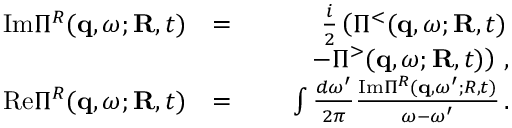
\begin{array} { r l r } { \mathrm { I m } \Pi ^ { R } ( { \bf q } , \omega ; { \bf R } , t ) } & { = } & { \frac { i } { 2 } \left( \Pi ^ { < } ( { \bf q } , \omega ; { \bf R } , t ) \right. } \\ & { } & { \qquad \left. - \Pi ^ { > } ( { \bf q } , \omega ; { \bf R } , t ) \right) \, , } \\ { \mathrm { R e } \Pi ^ { R } ( { \bf q } , \omega ; { \bf R } , t ) } & { = } & { \int \frac { d \omega ^ { \prime } } { 2 \pi } \frac { \mathrm { I m } \Pi ^ { R } ( { \bf q } , \omega ^ { \prime } ; R , t ) } { \omega - \omega ^ { \prime } } \, . } \end{array}